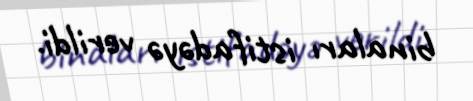
binaları istifadəyə verildi.